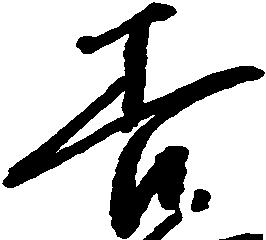
善